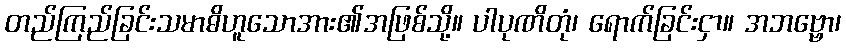
တည်ကြည်ခြင်းသမာဓိဟူသောအား၏အဖြစ်သို့။ ပါပုဏိတုံ၊ ရောက်ခြင်းငှာ။ အဘဗ္ဗော၊